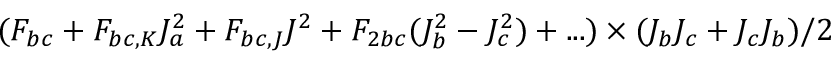
( F _ { b c } + F _ { b c , K } J _ { a } ^ { 2 } + F _ { b c , J } J ^ { 2 } + F _ { 2 b c } ( J _ { b } ^ { 2 } - J _ { c } ^ { 2 } ) + . . . ) \times ( J _ { b } J _ { c } + J _ { c } J _ { b } ) / 2